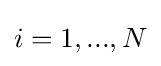
i=1,...,N